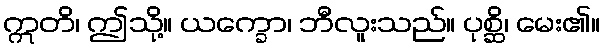
ဣတိ၊ ဤသို့။ ယက္ခော၊ ဘီလူးသည်။ ပုစ္ဆိ၊ မေး၏။